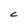
Character: C